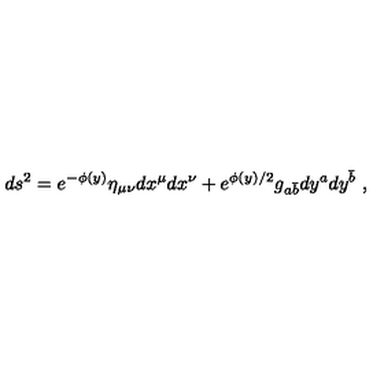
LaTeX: d s ^ { 2 } = e ^ { - \phi ( y ) } \eta _ { \mu \nu } d x ^ { \mu } d x ^ { \nu } + e ^ { \phi ( y ) / 2 } g _ { a { \bar { b } } } d y ^ { a } d y ^ { \bar { b } } \ ,